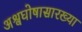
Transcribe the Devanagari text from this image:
अश्वघोषासारख्या